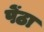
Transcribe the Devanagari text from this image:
पेंठा